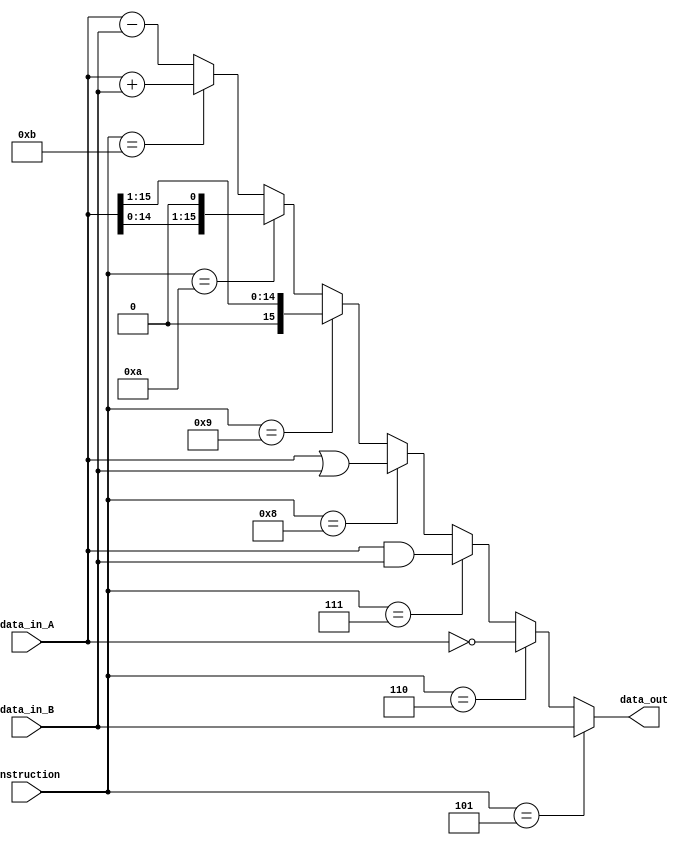
`timescale 1ns / 1ps
//////////////////////////////////////////////////////////////////////////////////
// Company: 
// Engineer: 
// 
// Design Name: 
// Module Name:    ALU 
// Project Name: 
// Target Devices: 
// Tool versions: 
// Description: 
//
// Dependencies: 
//
// Revision: 
// Revision 0.01 - File Created
// Additional Comments: 
//
//////////////////////////////////////////////////////////////////////////////////
 module ALU(
	input [5:0]instruction,
	input [15:0] data_in_A,
	input [15:0] data_in_B,
	output [15:0] data_out
    );

	parameter MOVE = 6'd5, NOT = 6'd6, AND = 6'd7, OR = 6'd8, SHIFTR = 6'd9, SHIFTL = 6'd10;
	parameter ADD = 6'd11, SUB = 6'd12, TEST = 6'd13;
	
	//parameter S1 = 16'd1, S2 = 16'd2, S3 = 16'd3, S4 = 16'd4, S5 = 16'd5, S6 = 16'd6;
	//parameter S7 = 16'd7, S8 = 16'd8, S9 = 16'd9, S10 = 16'd10, S11 = 16'd11, S12 = 16'd12;
	//parameter S13 = 16'd13, S14 = 16'd14, S15 = 16'd15, S16 = 16'd16;
	
	assign data_out = instruction == MOVE ? data_in_B:
							instruction == NOT ? ~data_in_A:
							instruction == AND ? data_in_A & data_in_B:
							instruction == OR ? data_in_A | data_in_B:
							instruction == SHIFTR ? {1'b0,data_in_A[15:1]} :
//								data_in_B == S1 ? {1'b0,data_in_A[15:1]}:
//								data_in_B == S2 ? {2'b0,data_in_A[15:2]}:
//								data_in_B == S3 ? {3'b0,data_in_A[15:3]}:
//								data_in_B == S4 ? {4'b0,data_in_A[15:4]}:
//								data_in_B == S5 ? {5'b0,data_in_A[15:5]}:
//								data_in_B == S6 ? {6'b0,data_in_A[15:6]}:
//								data_in_B == S7 ? {7'b0,data_in_A[15:7]}:
//								data_in_B == S8 ? {8'b0,data_in_A[15:8]}:
//								data_in_B == S9 ? {9'b0,data_in_A[15:9]}:
//								data_in_B == S10 ? {10'b0,data_in_A[15:10]}:
//								data_in_B == S11 ? {11'b0,data_in_A[15:11]}:
//								data_in_B == S12 ? {12'b0,data_in_A[15:12]}:
								//data_in_B == S13 ? {13'b0,data_in_A[15:13]}:
								//data_in_B == S14 ? {14'b0,data_in_A[15:14]}:
								//data_in_B == S15 ? {15'b0,data_in_A[15:15]}: {16'b0}:
							instruction == SHIFTL ? {data_in_A[14:0],1'b0} :
//								data_in_B == S1 ? {data_in_A[14:0],1'b0}:
//								data_in_B == S2 ? {data_in_A[13:0],2'b0}:
//								data_in_B == S3 ? {data_in_A[12:0],3'b0}:
//								data_in_B == S4 ? {data_in_A[11:0],4'b0}:
//								data_in_B == S5 ? {data_in_A[10:0],5'b0}:
//								data_in_B == S6 ? {data_in_A[9:0],6'b0}:
//								data_in_B == S7 ? {data_in_A[8:0],7'b0}:
//								data_in_B == S8 ? {data_in_A[7:0],8'b0}:
//								data_in_B == S9 ? {data_in_A[6:0],9'b0}:
//								data_in_B == S10 ? {data_in_A[5:0],10'b0}:
//								data_in_B == S11 ? {data_in_A[4:0],11'b0}:
//								data_in_B == S12 ? {data_in_A[3:0],12'b0}:
//								data_in_B == S13 ? {data_in_A[2:0],13'b0}:
//								data_in_B == S14 ? {data_in_A[1:0],14'b0}:
//								data_in_B == S15 ? {data_in_A[0:0],15'b0}: {16'b0}:
							instruction == ADD ? data_in_A + data_in_B:  data_in_A - data_in_B;
endmodule